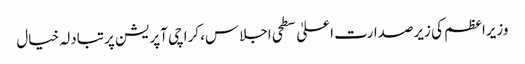
وزیراعظم کی زیرصدارت اعلیٰ سطحی اجلاس، کراچی آپریشن پرتبادلہ خیال